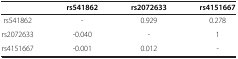
<table><thead><tr><td><b> </b></td><td><b>rs541862</b></td><td><b>rs2072633</b></td><td><b>rs4151667</b></td></tr></thead><tbody><tr><td>rs541862</td><td>-</td><td>0.929</td><td>0.278</td></tr><tr><td>rs2072633</td><td>-0.040</td><td>-</td><td>1</td></tr><tr><td>rs4151667</td><td>-0.001</td><td>0.012</td><td>-</td></tr></tbody></table>